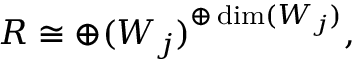
R \cong \oplus ( W _ { j } ) ^ { \oplus \dim ( W _ { j } ) } ,